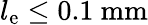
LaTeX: l_{\mathrm{e}}\le 0.1\ \mathrm{mm}